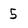
Character: 5